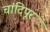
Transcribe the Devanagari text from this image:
चांदिपूर